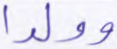
وولدا